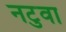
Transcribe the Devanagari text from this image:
नटुवा